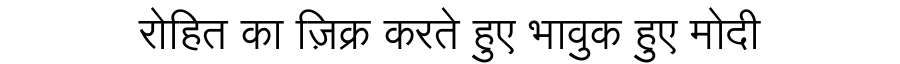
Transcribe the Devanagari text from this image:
रोहित का ज़िक्र करते हुए भावुक हुए मोदी